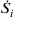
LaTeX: { \dot { S } } _ { i }